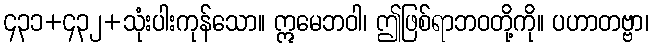
၄၃၁+၄၃၂+သုံးပါးကုန်သော။ ဣမေဘဝါ၊ ဤဖြစ်ရာဘဝတို့ကို။ ပဟာတဗ္ဗာ၊